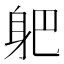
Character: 𲄛